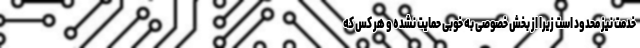
خدمت نیز محدود است زیرا از بخش خصوصی به خوبی حمایت نشده و هر کس که